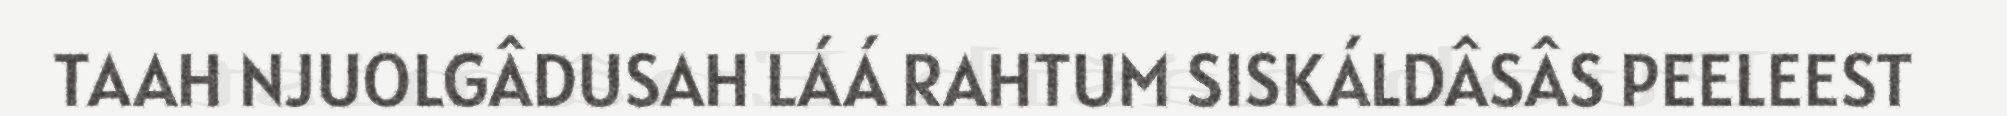
TAAH NJUOLGÂDUSAH LÁÁ RAHTUM SISKÁLDÂSÂS PEELEEST